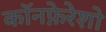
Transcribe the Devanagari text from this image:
कॉनफ़ेरेशो